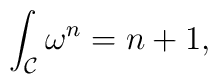
\int_{\cal C}\omega^n = n+1,